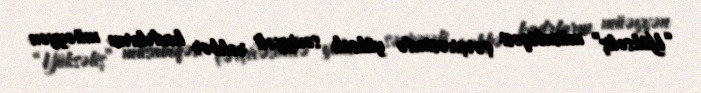
“Yüksəliş” müsabiqəsi çərçivəsində yüksək səviyyəli rəhbər kadrların müəyyən